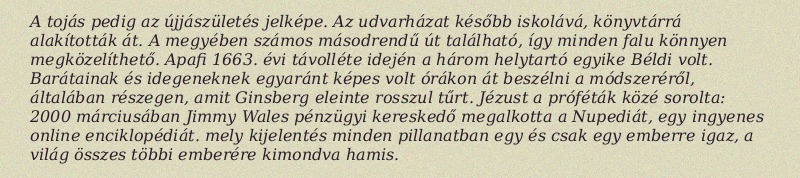
A tojás pedig az újjászületés jelképe. Az udvarházat később iskolává, könyvtárrá alakították át. A megyében számos másodrendű út található, így minden falu könnyen megközelíthető. Apafi 1663. évi távolléte idején a három helytartó egyike Béldi volt. Barátainak és idegeneknek egyaránt képes volt órákon át beszélni a módszeréről, általában részegen, amit Ginsberg eleinte rosszul tűrt. Jézust a próféták közé sorolta: 2000 márciusában Jimmy Wales pénzügyi kereskedő megalkotta a Nupediát, egy ingyenes online enciklopédiát. mely kijelentés minden pillanatban egy és csak egy emberre igaz, a világ összes többi emberére kimondva hamis.